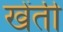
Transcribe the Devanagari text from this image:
खेंती